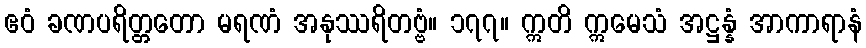
ဧဝံ ခဏပရိတ္တတော မရဏံ အနုဿရိတဗ္ဗံ။ ၁၇၇။ ဣတိ ဣမေသံ အဋ္ဌန္နံ အာကာရာနံ